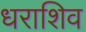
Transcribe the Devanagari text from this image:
धराशिव